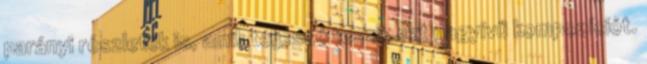
parányi részletek is, amik teljessé teszik ezt nagyívű kompozíciót.